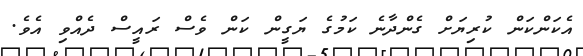
އެކަންކަން ކުރިޔަށް ގެންދާނެ ކަމުގެ ޔަގީން ކަން ވެސް ރައީސް ދެއްވި އެވެ.